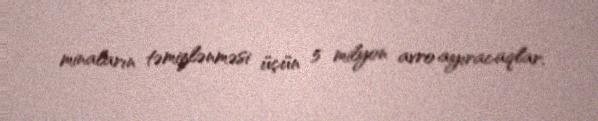
minaların təmizlənməsi üçün 5 milyon avro ayıracaqlar.